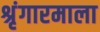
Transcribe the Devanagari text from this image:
श्रृंगारमाला